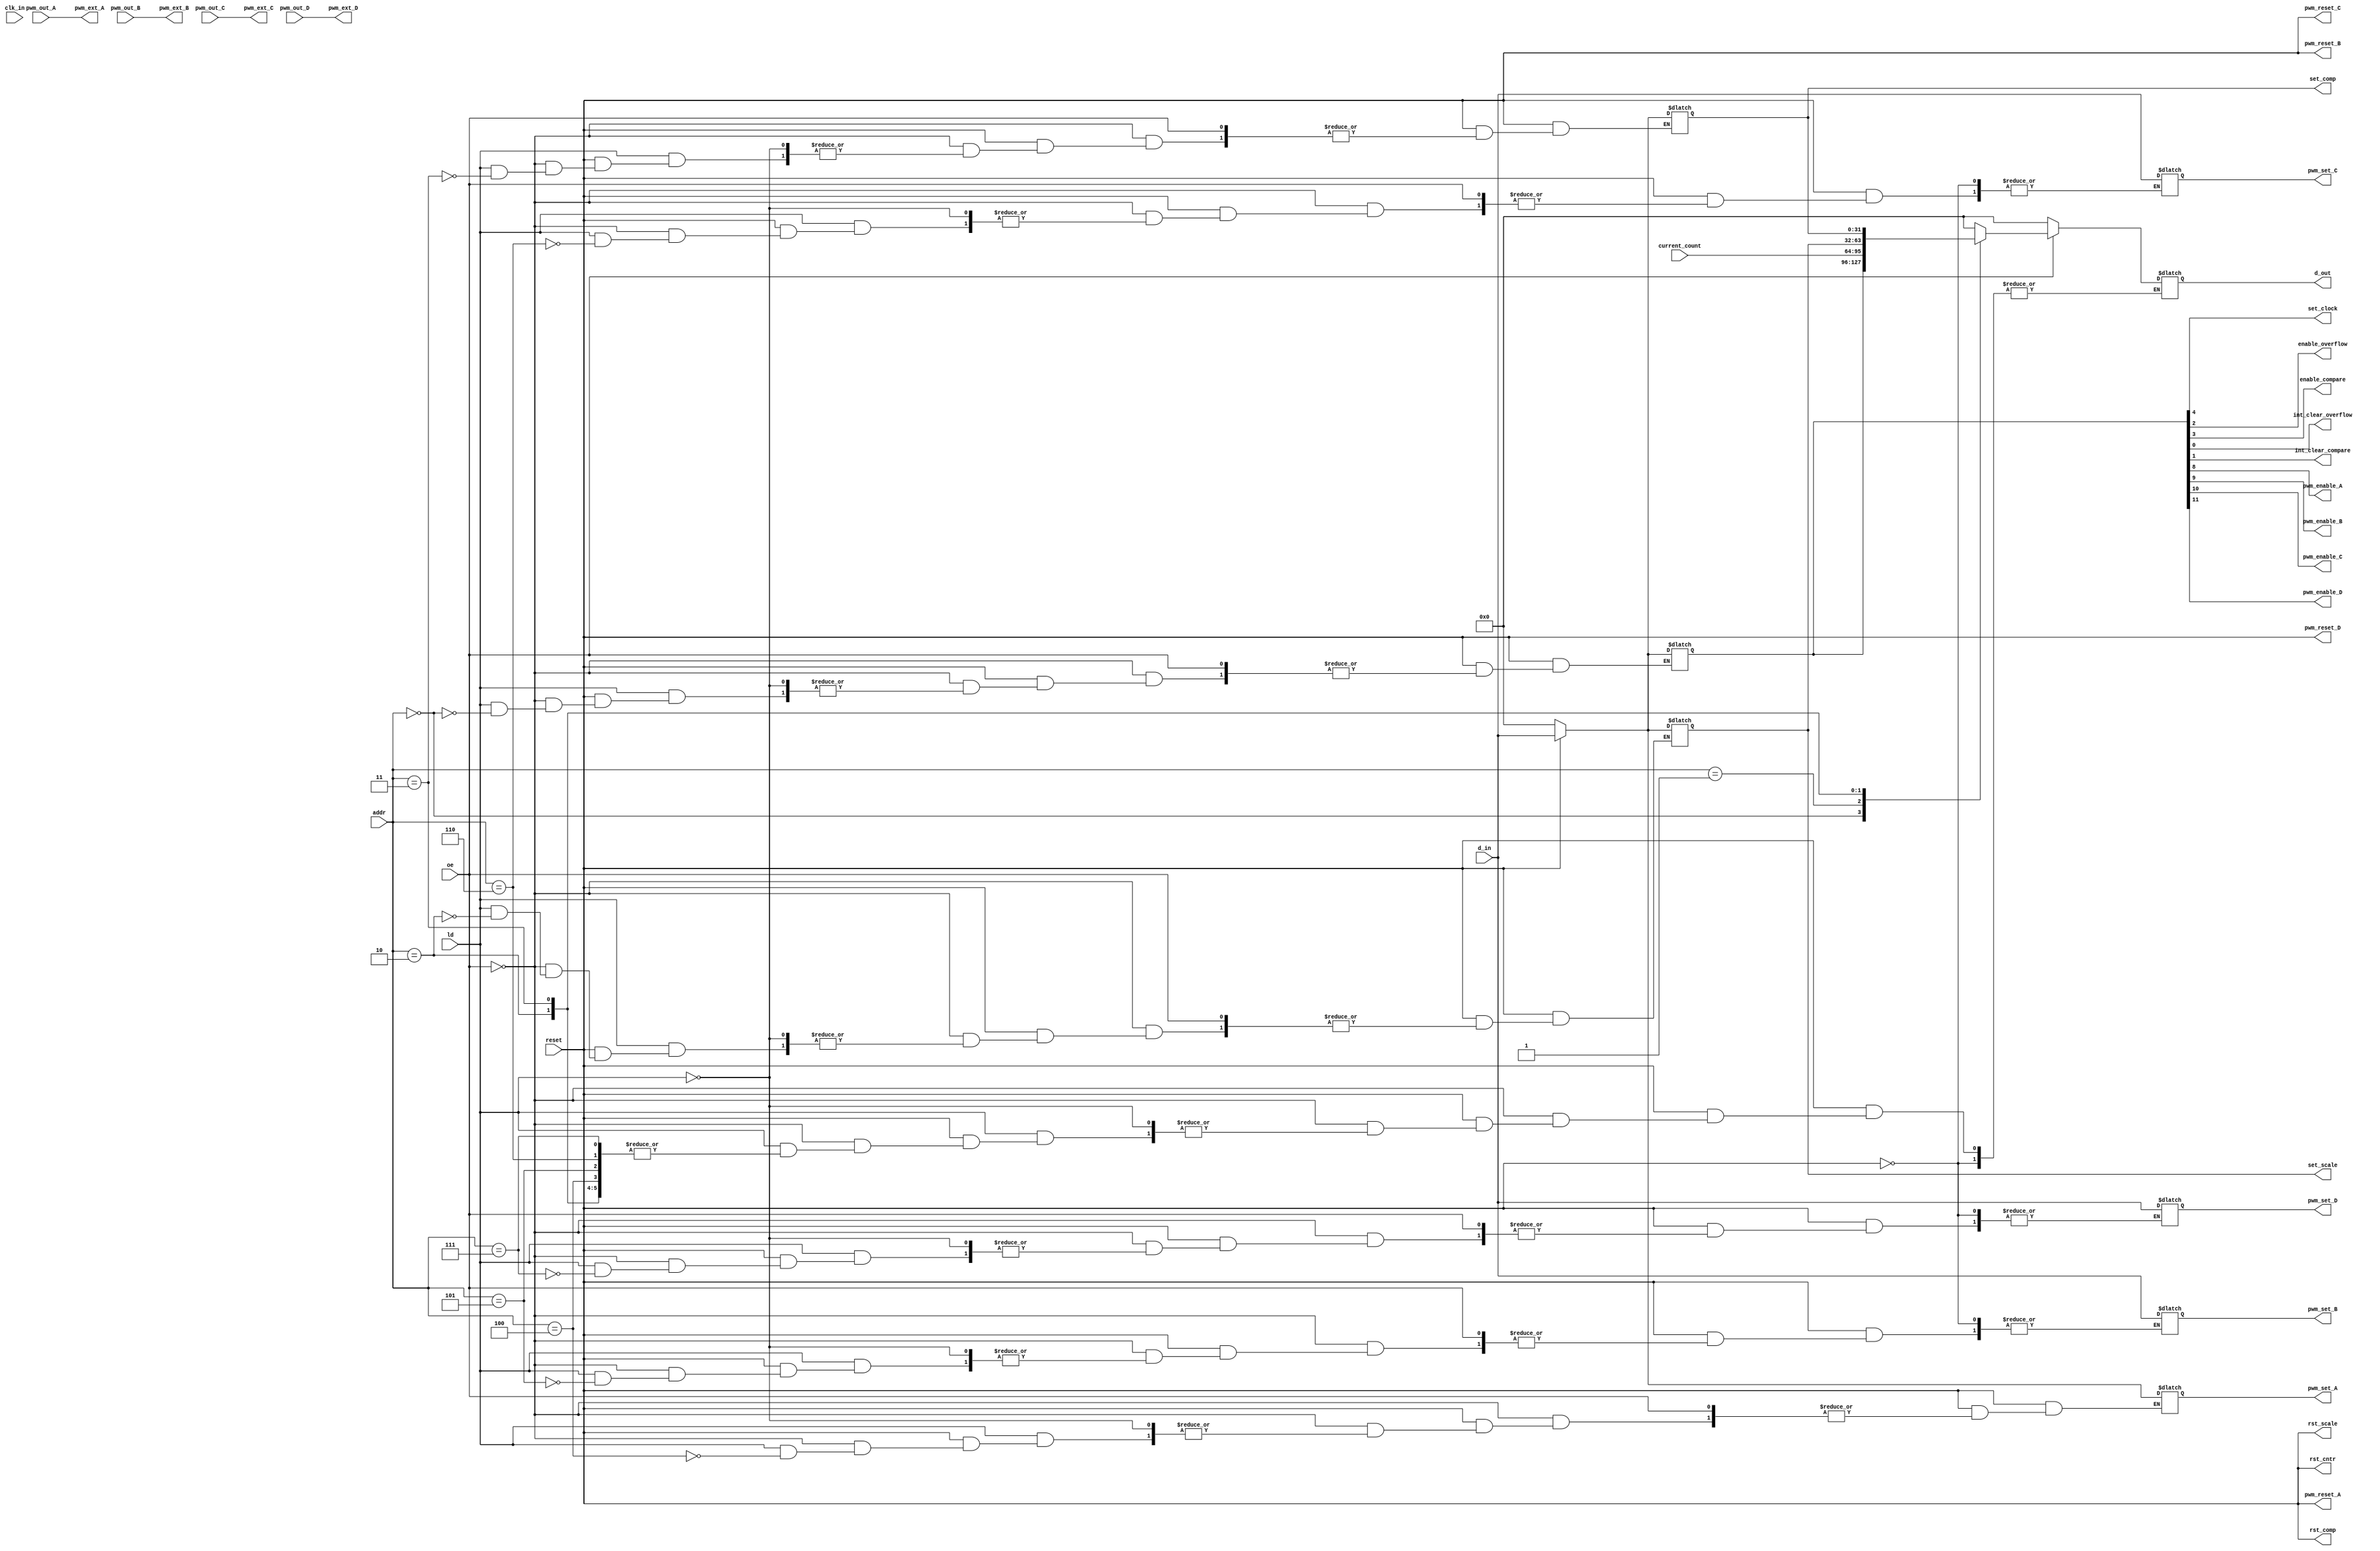
`timescale 1ns / 1ps

module interp_sub(
    // Main input lines, including the usual reset and clock, with routing for the counter as well
    input reset,
    input clk_in,
    input [31:0] d_in,
    input [31:0] current_count,
    input ld,
    input oe,
    input [2:0] addr,
    
    // General output for the CPU
    output reg [31:0] d_out,
    
    // Control lines for the rest of the blocks (some are registers)
    output set_clock,
    output reg [31:0] set_comp,
    output reg [31:0] set_scale,
    output rst_scale,
    output rst_cntr,
    output rst_comp,
    output enable_overflow,
    output enable_compare,
    output int_clear_overflow,
    output int_clear_compare,
    
    // PWM control connections
    output pwm_reset_A,
    output pwm_enable_A,
    output reg [31:0] pwm_set_A,
    input pwm_out_A,
    output pwm_ext_A,
    
    output pwm_reset_B,
    output pwm_enable_B,
    output reg [31:0] pwm_set_B,
    input pwm_out_B,
    output pwm_ext_B,
    
    output pwm_reset_C,
    output pwm_enable_C,
    output reg [31:0] pwm_set_C,
    input pwm_out_C,
    output pwm_ext_C,
    
    output pwm_reset_D,
    output pwm_enable_D,
    output reg [31:0] pwm_set_D,
    input pwm_out_D,
    output pwm_ext_D
    );
    
    wire [31:0] count;
    reg [31:0] control;
    
    // Routing for reset lines, and pwm_output lines
    assign rst_cntr = reset;
    assign rst_comp = reset;
    assign rst_scale = reset;
    assign pwm_reset_A = reset;
    assign pwm_ext_A = pwm_out_A;
    assign pwm_reset_B = reset;
    assign pwm_ext_B = pwm_out_B;
    assign pwm_reset_C = reset;
    assign pwm_ext_C = pwm_out_C;
    assign pwm_reset_D = reset;
    assign pwm_ext_D = pwm_out_D;
    
    // Mapping the control register with bits that will be used by various blocks
    assign int_clear_overflow = control[0];
    assign int_clear_compare = control[1];
    assign enable_overflow = control[2];
    assign enable_compare = control[3];
    assign set_clock = control[4];
    
    assign pwm_enable_A = control[8];
    assign pwm_enable_B = control[9];
    assign pwm_enable_C = control[10];
    assign pwm_enable_D = control[11];
    
    // Linking the count reg to the current_count input lines, this is just because of bad naming
    assign count[31:0] = current_count[31:0];
    
    // Trigger on output enables, loads, or resets
    always @(reset or oe or ld) begin
    
        // Reset catches
        if (!reset) begin
            control = 32'b0;
            set_scale = 32'b0;
            set_comp = 32'b0; 
            pwm_set_A = 32'b0;
        end else begin
            //clear needed control bits! FIXME
            if (oe) begin
                // Routs control...set_comp registers to the d_out if output enable with the corresponding address was queried
                case (addr)
                    'b000: d_out = control;
                    'b001: d_out = count;
                    'b010: d_out = set_scale;
                    'b011: d_out = set_comp;
                    default: d_out = 32'b0;
                endcase
            end else if (ld) begin
                case (addr)
                    // Like OE, LD will route the set_scale ect lines to d_in when the correct register is set in ADDR
                    'b000: control = d_in;
                    'b010: set_scale = d_in;
                    'b011: set_comp = d_in;
                    'b100: pwm_set_A = d_in;
                    'b101: pwm_set_B = d_in;
                    'b110: pwm_set_C = d_in;
                    'b111: pwm_set_D = d_in;
                    default: d_out = 32'b0;
                endcase
            end
        end
    end
endmodule